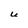
Character: U